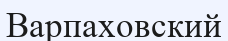
Варпаховский